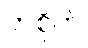
တစိုက်